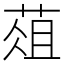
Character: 葅